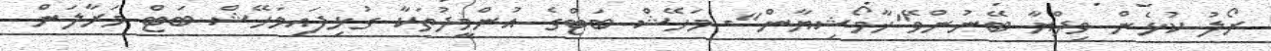
ރޯލު ކުޅެން ވިދްޔާ ބޭނުންވޭ"ޚާމޯޝިޔާން"- މަހޭޝް ބަޓްގެ އުންމީދުތަކާ ގުޅިފައިމަހޭޝް ބަޓް މަރާލަން